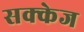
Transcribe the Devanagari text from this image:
सक्केज